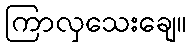
ကြာလှသေးချေ။